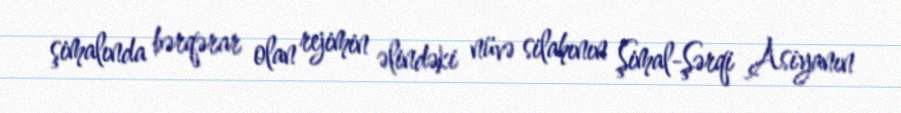
şimalında bərqərar olan rejimin əlindəki nüvə silahının Şimal-Şərqi Asiyanın